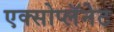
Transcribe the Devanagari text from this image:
एक्सोप्लॅनेट